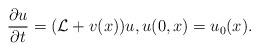
LaTeX: \begin{align*}\frac{\partial u}{\partial t}=(\mathcal L+v(x))u, u(0,x)=u_0(x).\end{align*}